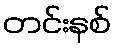
တင်းနစ်